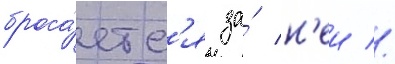
броса́етс'я за́ н'еи //